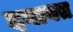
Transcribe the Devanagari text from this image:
दगावत